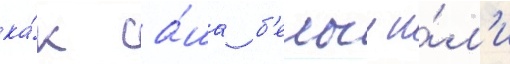
ка́к са́ша б'елыи и́л'и